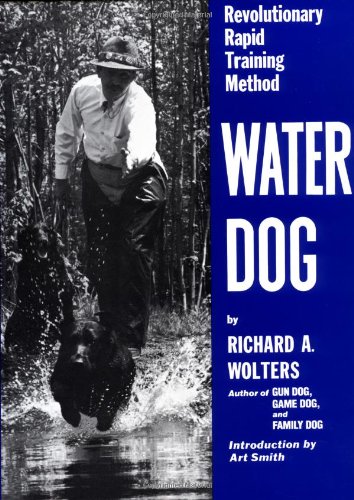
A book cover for Water Dog: Revolutionary Rapid Training Method; Richard Wolters; Crafts, Hobbies & Home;